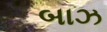
બાઝ